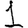
Digit: 1